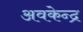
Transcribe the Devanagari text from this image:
अवकेन्द्र